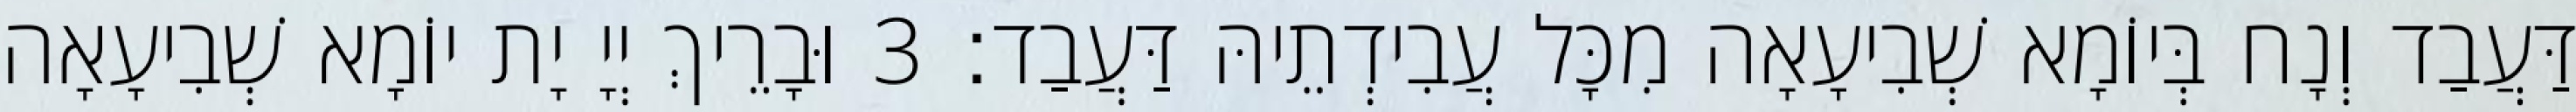
דַּעֲבַד וְנָח בְּיוֹמָא שְׁבִיעָאָה מִכָּל עֲבִידְתֵיהּ דַּעֲבַד׃ 3 וּבָרֵיךְ יְיָ יָת יוֹמָא שְׁבִיעָאָה